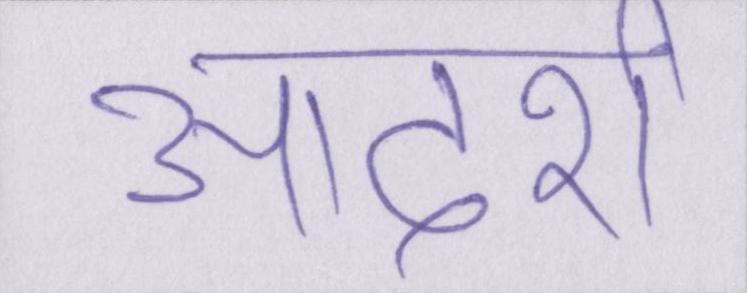
आदर्श